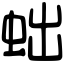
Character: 䖦